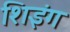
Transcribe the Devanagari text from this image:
शिइंग